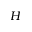
H